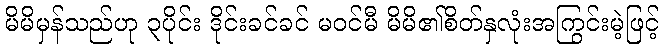
မိမိမှန်သည်ဟု ၃ပိုင်း ဒိုင်းခင်ခင် မဝင်မီ မိမိ၏စိတ်နှလုံးအကြွင်းမဲ့ဖြင့်